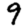
Digit: 9